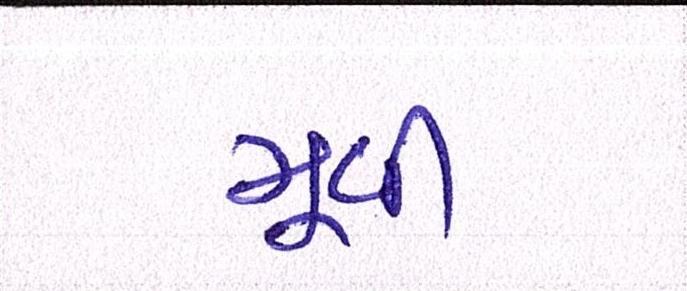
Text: મૂવી